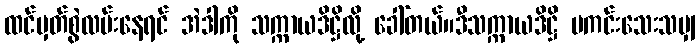
ထင်မှတ်စွဲလမ်းနေရင် အဲဒါကို သက္ကာယဒိဋ္ဌိလို့ ခေါ်တယ်။ဒီသက္ကာယဒိဋ္ဌိ မကင်းသေးသမျှ